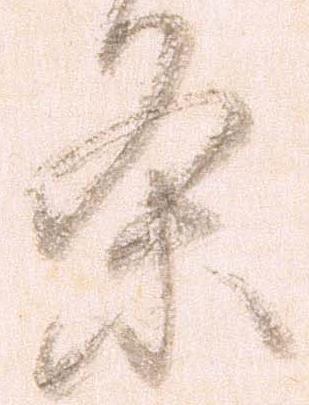
条